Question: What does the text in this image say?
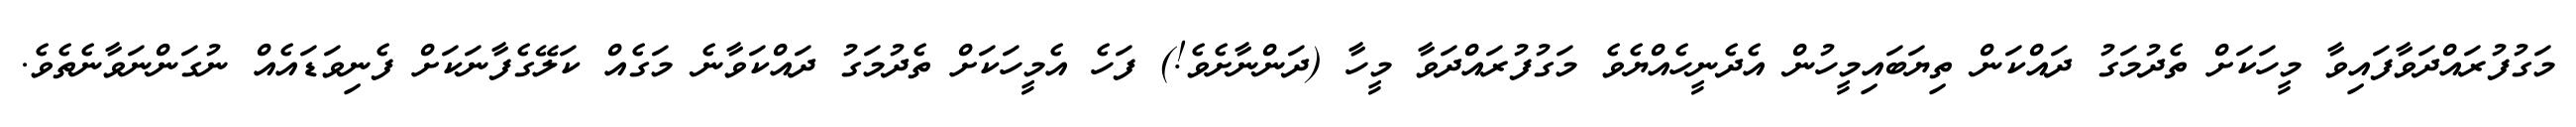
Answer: މަގުފުރައްދަވާފައިވާ މީހަކަށް ތެދުމަގު ދައްކަން ތިޔަބައިމީހުން އެދެނީހެއްޔެވެ މަގުފުރައްދަވާ މީހާ (ދަންނާށެވެ!) ފަހެ އެމީހަކަށް ތެދުމަގު ދައްކަވާނެ މަގެއް ކަލޭގެފާނަކަށް ފެނިވަޑައެއް ނުގަންނަވާނެތެވެ.